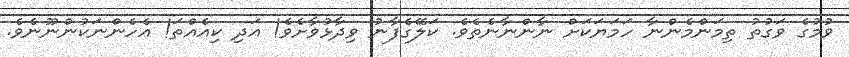
ވުމުގެ ވަގުތު ތިމަންމެންނާ ހަމަޔަކަށް ނާންނާނެތެވެ. ކަލޭގެފާނު ވިދާޅުވާށެވެ! އަދި ކިއެއްތަ! އެހެންނަކުންނޫނެވެ.